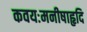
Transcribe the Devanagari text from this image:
कवयःमनीषाहृदि